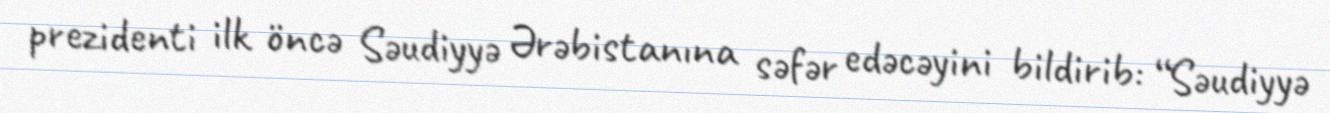
prezidenti ilk öncə Səudiyyə Ərəbistanına səfər edəcəyini bildirib: “Səudiyyə